Document type: Sale
Year: 1423
Scribe: Joan Franc
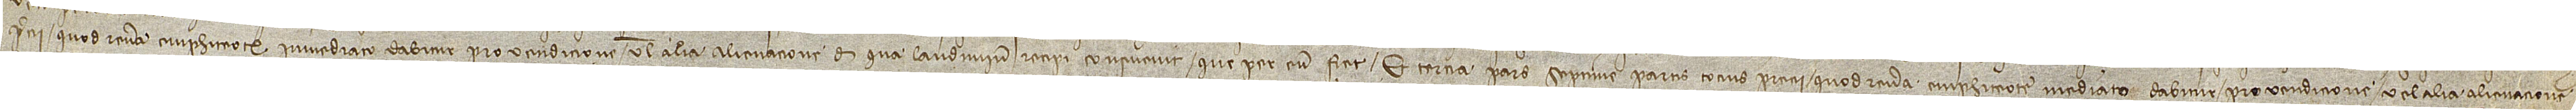
precii quod revera emphiteote inmediato dabitur pro vendicione vel alia alienacione de qua laudimium recipi consuevit que per eum fiet; et tercia pars septime partis tocius precii quod revera emphiteote mediato dabitur pro vendicione vel alia alienacione